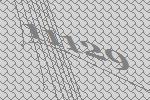
11129